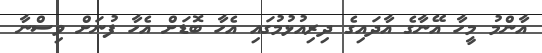
އާންމު މީހާ އޭނާގެ އާދައިގެ ދިރިއުޅުމުގައި އެހާ ބޮޑަށް އެހާ ފުނަށް ވިސްނާ